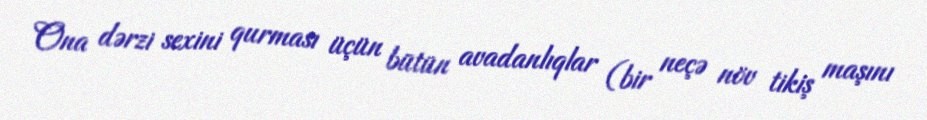
Ona dərzi sexini qurması üçün bütün avadanlıqlar (bir neçə növ tikiş maşını